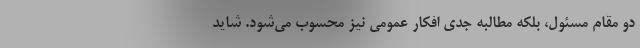
دو مقام مسئول، بلکه مطالبه جدی افکار عمومی نیز محسوب می‌شود. شاید